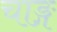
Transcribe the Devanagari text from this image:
चाङ्ग